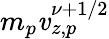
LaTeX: m_{p}\mathit{v}_{z,p}^{\nu+1/2}